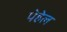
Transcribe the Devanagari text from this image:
पेहेल